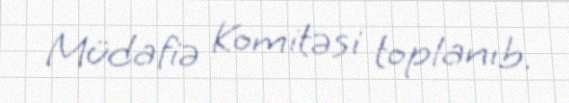
Müdafiə Komitəsi toplanıb.